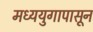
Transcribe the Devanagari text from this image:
मध्ययुगापासून